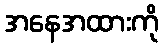
အနေအထားကို